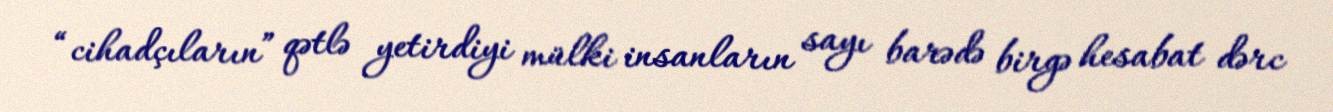
“cihadçıların” qətlə yetirdiyi mülki insanların sayı barədə birgə hesabat dərc